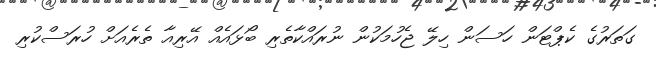
ގަތަރުގެ ކެޕްޓަން ހަސަން ހިލޭ ޖެހުމަކުން ނުރައްކާތެރި ބޯޅައެއް އޭރިއާ ތެރެއަށް ހުރަސްކުރި